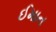
ઈમાન